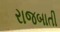
રાજબાતી